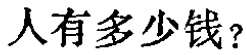
人有多少钱？